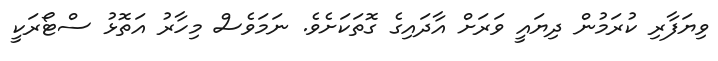
ވިޔަފާރި ކުރަމުން ދިޔައީ ވަރަށް އާދައިގެ ގޮތަކަށެވެ. ނަމަވެސް މިހާރު އަތޮޅު ސްޓޯރަކީ